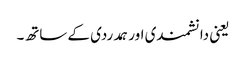
یعنی دانشمندی اور ہمدردی کے ساتھ۔